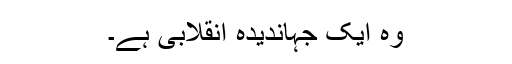
وہ ایک جہاندیدہ انقلابی ہے۔